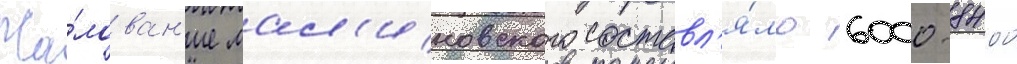
Жа́лован'ие мал'иновского составл'я́ло 6000-8400